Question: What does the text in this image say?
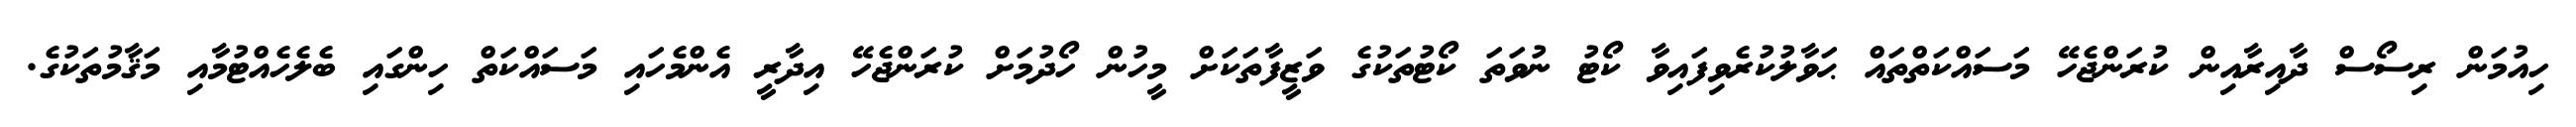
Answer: ހިއުމަން ރިސޯސް ދާއިރާއިން ކުރަންޖެހޭ މަސައްކަތްތައް ޙަވާލުކުރެވިފައިވާ ކޯޓު ނުވަތަ ކޯޓުތަކުގެ ވަޒީފާތަކަށް މީހުން ހޯދުމަށް ކުރަންޖެހޭ އިދާރީ އެންމެހައި މަސައްކަތް ހިންގައި ބެލެހެއްޓުމާއި މަޤާމުތަކުގެ.